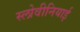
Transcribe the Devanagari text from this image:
स्लोवीनियाई